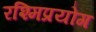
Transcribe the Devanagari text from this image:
रश्मिप्रयोग